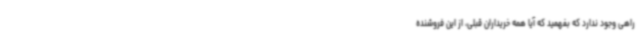
راهی وجود ندارد که بفهمید که آیا همه خریداران قبلی، از این فروشنده